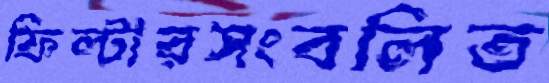
ফিল্টারসংবলিত